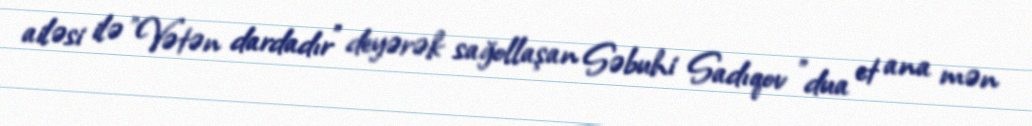
ailəsi ilə "Vətən dardadır" deyərək sağollaşan Səbuhi Sadıqov "dua et ana mən